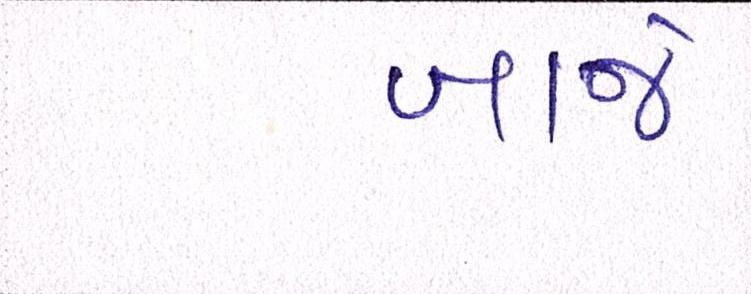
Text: ખાજે